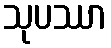
သုပဿာ